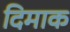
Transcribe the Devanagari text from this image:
दिमाक